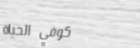
كوفي الحياة